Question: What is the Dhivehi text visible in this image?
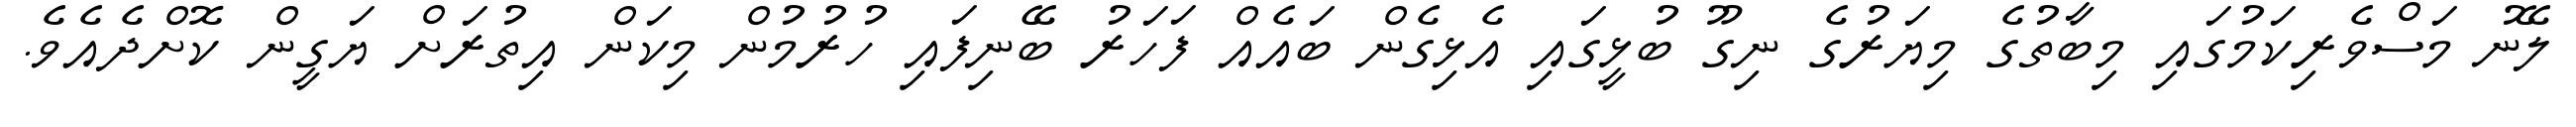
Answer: ލޭނު މަސްވެރިކަމުގައި މިބާތުގެ މިޔަރުގެ ނިގޫ ބުޅީގައި އެޅިގެން ބައެއް ފަހަރު ބޭނިފައި ހުރުމުން މިކަން އިތުރަށް ޔަގީން ކޮށްދެއެވެ.